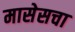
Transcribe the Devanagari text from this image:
मासेसचा